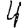
Digit: 4